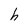
Character: h